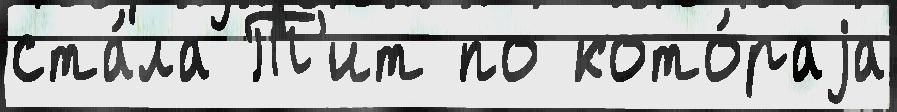
ста́ла Т'ит по кото́раjа